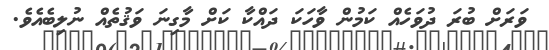
ވަރަށް ބުރަ ދުވަހެއް ކަމުން ވާހަކަ ދައްކާ ކަށް މާގިނަ ވަޤުތެއް ނުލިބެއެވެ.